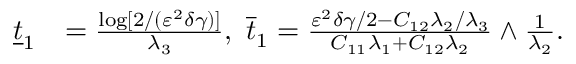
\begin{array} { r l } { \underline { { t } } _ { 1 } } & { = \frac { \log [ 2 / ( \varepsilon ^ { 2 } \delta \gamma ) ] } { \lambda _ { 3 } } , ~ \overline { { t } } _ { 1 } = \frac { \varepsilon ^ { 2 } \delta \gamma / 2 - C _ { 1 2 } \lambda _ { 2 } / \lambda _ { 3 } } { C _ { 1 1 } \lambda _ { 1 } + C _ { 1 2 } \lambda _ { 2 } } \wedge \frac { 1 } { \lambda _ { 2 } } . } \end{array}